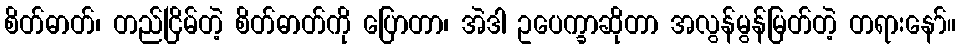
စိတ်ဓာတ်၊ တည်ငြိမ်တဲ့ စိတ်ဓာတ်ကို ပြောတာ၊ အဲဒါ ဥပေက္ခာဆိုတာ အလွန်မွန်မြတ်တဲ့ တရားနော်။